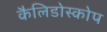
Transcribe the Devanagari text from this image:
कैलिडोस्कोप